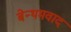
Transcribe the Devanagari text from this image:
बेन्थमवाद